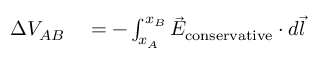
\begin{array} { r l } { \Delta V _ { A B } } & { { } = - \int _ { x _ { A } } ^ { x _ { B } } { \vec { E } } _ { \mathrm { c o n s e r v a t i v e } } \cdot d { \vec { l } } } \end{array}